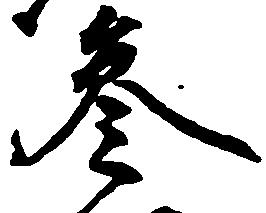
参